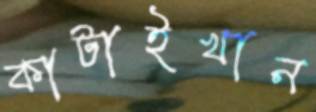
কাটাইখান